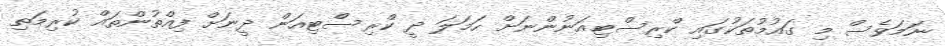
ނަމަވެސް މި ގައުމުތަކުގައި ކްރިސްޓިއަނުންނަށް ހަމަލަ ދީ ކްރިސްޓިއަން ދީނަށް ފިއްތުންތައް ކުރިމަތި